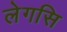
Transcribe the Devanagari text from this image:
लेगसि